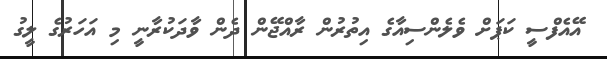
އޭއެފްސީ ކަޕަށް ވެލެންސިއާގެ އިތުރުން ރާއްޖޭން ދެން ވާދަކުރާނީ މި އަހަރުގެ ލީގު